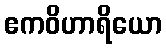
ဧကဝိဟာရိယော